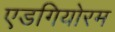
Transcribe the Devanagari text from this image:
एडगियोरम